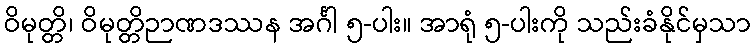
ဝိမုတ္တိ၊ ဝိမုတ္တိဉာဏဒဿန အင်္ဂါ ၅-ပါး။ အာရုံ ၅-ပါးကို သည်းခံနိုင်မှသာ